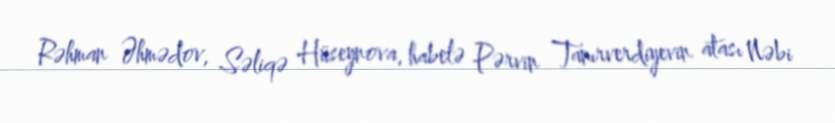
Rəhman Əhmədov, Səliqə Hüseynova, habelə Pərvin Tanırverdiyevin atası Nəbi